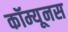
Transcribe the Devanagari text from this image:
कॉम्यूनस